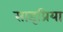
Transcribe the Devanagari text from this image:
साइप्रिया